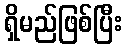
ရှိမည်ဖြစ်ပြီး